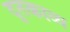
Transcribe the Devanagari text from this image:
दुतकाव्य